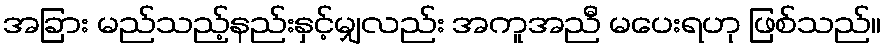
အခြား မည်သည့်နည်းနှင့်မျှလည်း အကူအညီ မပေးရဟု ဖြစ်သည်။